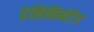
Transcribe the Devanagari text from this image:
डेसिमिनेटेड